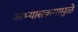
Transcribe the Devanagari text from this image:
अभ्यासक्रमामुळे